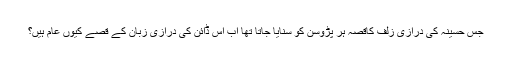
جس حسینہ کی درازیٔ زلف کاقصہ ہر پڑوسن کو سنایا جاتا تھا اب اس ڈائن کی درازیٔ زبان کے قصے کیوں عام ہیں؟